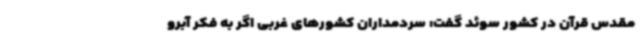
مقدس قرآن در کشور سوئد گفت: سردمداران کشورهای غربی اگر به فکر آبرو